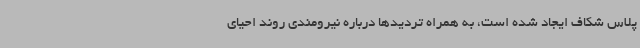
پلاس شکاف ایجاد شده است، به همراه تردیدها درباره نیرومندی روند احیای